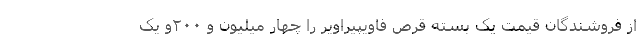
از فروشندگان قیمت یک بسته قرص فاویپیراویر را چهار میلیون و ۲۰۰و یک